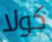
كولا